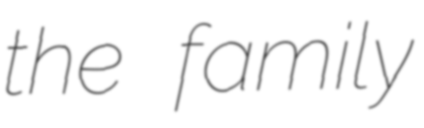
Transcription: the family